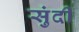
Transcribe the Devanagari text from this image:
सुंदी